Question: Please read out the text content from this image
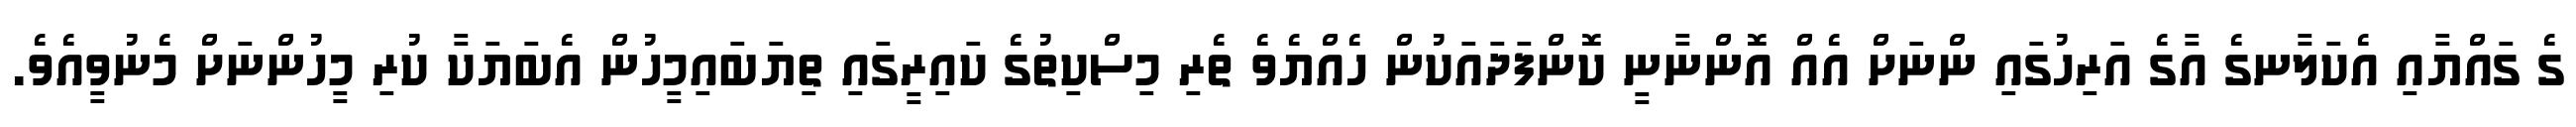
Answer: ގެ ގައްޔާއި އެކަލާނގެ އާގެ އަރިހުގައި ންނަށް އެއް އޮންނާނީ ކޮންފަދައަކުން ހެއްޔެވެ ތެރި މިސްކިތުގެ ކައިރީގައި ތިޔަބައިމީހުން އެބަޔަކާ ކުރި މީހުންނަށް މެނުވީއެވެ.